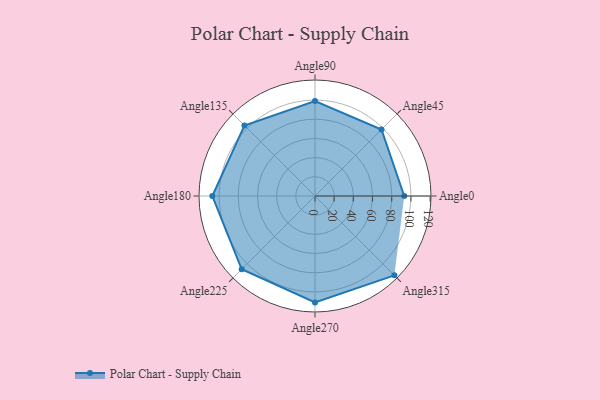
{"axis": {"x": "Angle", "y": "Radius"}, "legend": [""], "data": [{"x": "Angle0", "y": 93.0, "type": ""}, {"x": "Angle45", "y": 98.0, "type": ""}, {"x": "Angle90", "y": 99.0, "type": ""}, {"x": "Angle135", "y": 104.0, "type": ""}, {"x": "Angle180", "y": 107.0, "type": ""}, {"x": "Angle225", "y": 108.0, "type": ""}, {"x": "Angle270", "y": 111.0, "type": ""}, {"x": "Angle315", "y": 117.0, "type": ""}]}